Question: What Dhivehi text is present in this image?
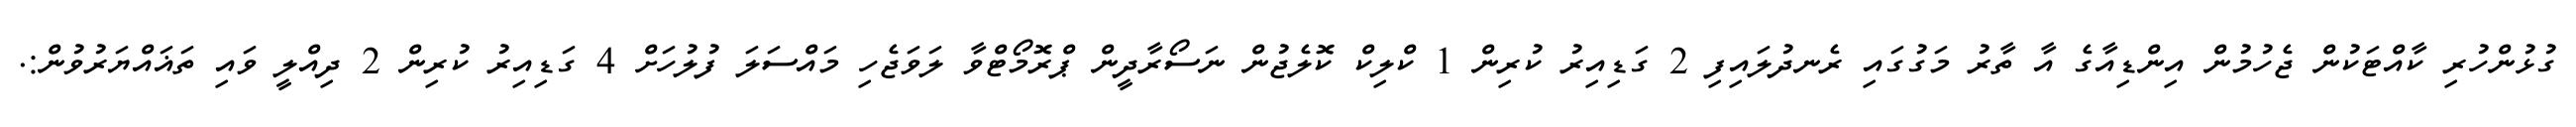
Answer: ގުޅުންހުރި ކާއްޓަކުން ޖެހުމުން އިންޑިއާގެ އާ ތާރު މަގުގައި ރެނދުލައިފި 2 ގަޑިއިރު ކުރިން 1 ކްލިކް ކޮލެޖުން ނަސޯރާދީން ޕްރޮމޯޓްވާ ލަވަޖެހި މައްސަލަ ފުލުހަށް 4 ގަޑިއިރު ކުރިން 2 ދިއްލީ ވައި ތަޣައްޔަރުވުން:.